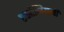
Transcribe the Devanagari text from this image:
एस्टेनियाची